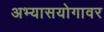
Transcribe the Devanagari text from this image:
अभ्यासयोगावर